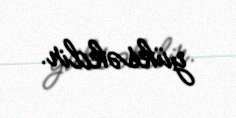
yüksəkdir.